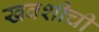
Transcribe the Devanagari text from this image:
खवशीची